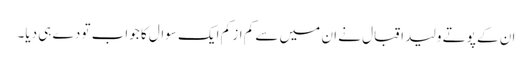
ان کے پوتے ولید اقبال نے ان میں سے کم از کم ایک سوال کا جواب تو دے ہی دیا۔